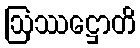
ဩဿဋ္ဌောတိ